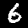
Digit: 6